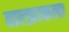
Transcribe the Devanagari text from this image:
बाल्झाकला